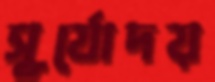
সূর্যোদয়